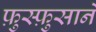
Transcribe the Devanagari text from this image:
फ़ुस्फ़ुसाने